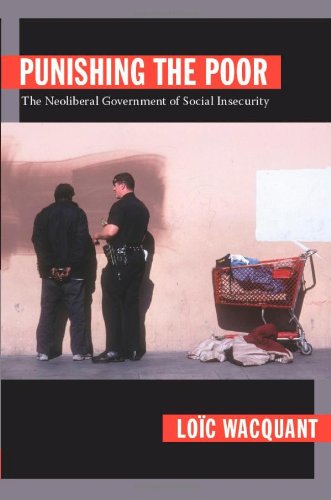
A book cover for Punishing the Poor: The Neoliberal Government of Social Insecurity; LoÃ¯c Wacquant; Politics & Social Sciences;